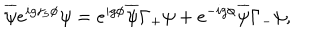
\overline { { { \psi } } } e ^ { i g \gamma _ { 5 } \phi } \psi = e ^ { i g \phi } \overline { { { \psi } } } \Gamma _ { + } \psi + e ^ { - i g \phi } \overline { { { \psi } } } \Gamma _ { - } \psi ,